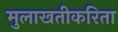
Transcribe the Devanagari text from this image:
मुलाखतीकरिता